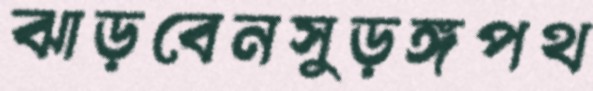
ঝাড়বেনসুড়ঙ্গপথ